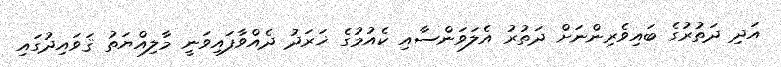
އަދި ދަތުރުގެ ބައިވެރިންނަށް ދަތުރު އެލަވަންސާއި ކެއުމުގެ ޚަރަދު ދެއްވާފައިވަނީ މާލިއްޔަތު ޤަވައިދުގައި